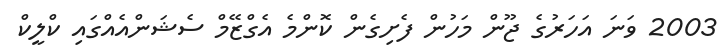
2003 ވަނަ އަހަރުގެ ޖޫން މަހުން ފެށިގެން ކޮންމެ އެގްޒޭމް ސެޝަންއެއްގައި ކްލީކް